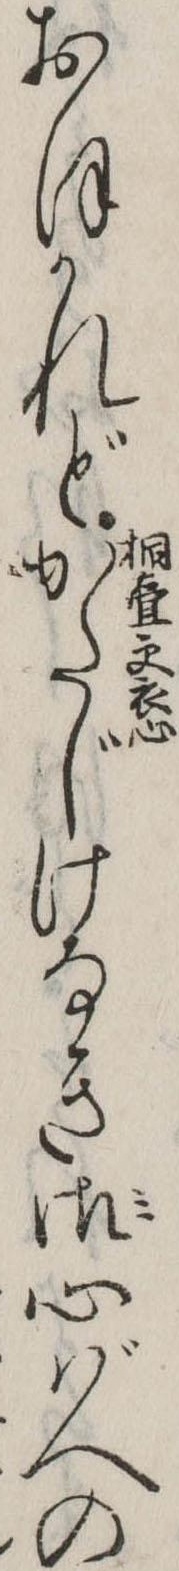
おほかれどかたじけなき御心ばへの